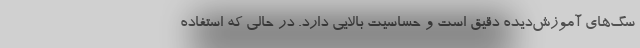
سگ‌های آموزش‌دیده دقیق است و حساسیت بالایی دارد. در حالی که استفاده